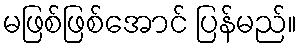
မဖြစ်ဖြစ်အောင် ပြန်မည်။